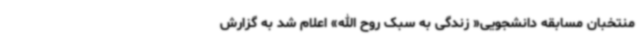
منتخبان مسابقه دانشجویی« زندگی به سبک روح الله» اعلام شد به گزارش